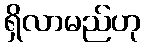
ရှိလာမည်ဟု